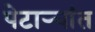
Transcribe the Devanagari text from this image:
पेटाऱ्यांत